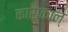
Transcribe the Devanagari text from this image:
काराकाल्